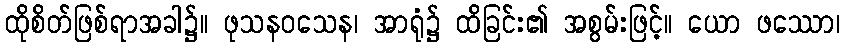
ထိုစိတ်ဖြစ်ရာအခါ၌။ ဖုသနဝသေန၊ အာရုံ၌ ထိခြင်း၏ အစွမ်းဖြင့်။ ယော ဖဿော၊